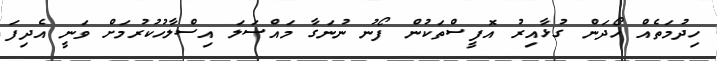
ހިދުމަތެއް ހޯދަން ގުޅާއިރު އޮފީސްތަކުން ފޯނު ނުނަގާ މައްސަލަ އިސްލާހުކުރުމަށް ވަނީ އެދިފަ